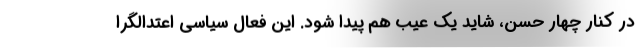
در کنار چهار حُسن، شاید یک عیب هم پیدا شود. این فعال سیاسی اعتدالگرا